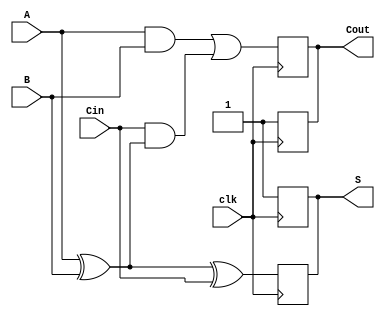
module dynamic_full_adder (
    input wire A,      // First input bit
    input wire B,      // Second input bit
    input wire Cin,    // Carry-in bit
    input wire clk,    // Clock signal
    output reg S,      // Sum output
    output reg Cout    // Carry-out output
);

    // Internal wires for evaluation
    wire P;  // A XOR B
    wire G;  // A AND B
    wire H;  // Cin AND P

    // XOR operation
    assign P = A ^ B;

    // AND operations
    assign G = A & B;
    assign H = Cin & P;

    // Evaluation logic
    always @(posedge clk) begin
        // Precharge phase (active-high clock)
        S <= 1'b1; // Precharge Sum to 1
        Cout <= 1'b1; // Precharge Cout to 1
    end

    always @(negedge clk) begin
        // Evaluate logic on falling edge of the clock
        S <= P ^ Cin; // Sum: S = A XOR B XOR Cin
        Cout <= G | H; // Carry Out: Cout = (A AND B) OR (Cin AND (A XOR B))
    end

endmodule